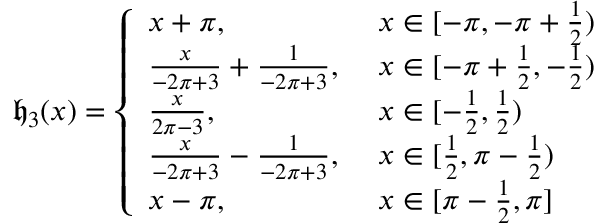
\mathfrak { h } _ { 3 } ( x ) = \left\{ \begin{array} { l l } { x + \pi , ~ } & { x \in [ - \pi , - \pi + \frac { 1 } { 2 } ) } \\ { \frac { x } { - 2 \pi + 3 } + \frac { 1 } { - 2 \pi + 3 } , ~ } & { x \in [ - \pi + \frac { 1 } { 2 } , - \frac { 1 } { 2 } ) } \\ { \frac { x } { 2 \pi - 3 } , ~ } & { x \in [ - \frac { 1 } { 2 } , \frac { 1 } { 2 } ) } \\ { \frac { x } { - 2 \pi + 3 } - \frac { 1 } { - 2 \pi + 3 } , ~ } & { x \in [ \frac { 1 } { 2 } , \pi - \frac { 1 } { 2 } ) } \\ { x - \pi , ~ } & { x \in [ \pi - \frac { 1 } { 2 } , \pi ] } \end{array} \right.